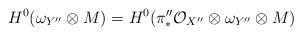
LaTeX: \begin{align*}H^0(\omega_{Y^{\prime\prime}}\otimes M) = H^0(\pi^{\prime\prime}_{\ast}\mathcal{O}_{X^{\prime\prime}}\otimes \omega_{Y^{\prime\prime}}\otimes M)\end{align*}